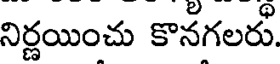
నిర్ణయించు కొనగలరు.